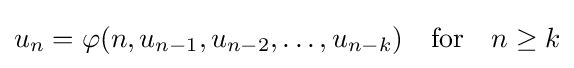
u_{n}=\varphi (n,u_{n-1},u_{n-2},\ldots ,u_{n-k})\quad {\text{for}}\quad n\geq k